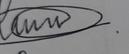
Signature authenticity: genuine